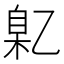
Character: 𬼯